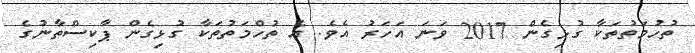
ތުހުމަތުތަކާ ގުޅިގެން 2017 ވަނަ އަހަރު އެވެ. އެ ތުހްމަތުތަކާ ގުޅިގެން ޕާކިސްތާނުގެ